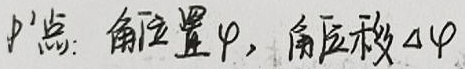
P点：角位置\(\varphi\)，角位移\(\Delta \varphi\)